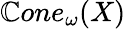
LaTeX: \mathbb{C}one_{\omega}(X)